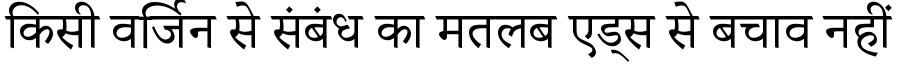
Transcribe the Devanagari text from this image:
किसी वर्जिन से संबंध का मतलब एड्स से बचाव नहीं